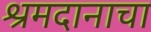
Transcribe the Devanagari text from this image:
श्रमदानाचा